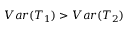
V a r ( T _ { 1 } ) > V a r ( T _ { 2 } )